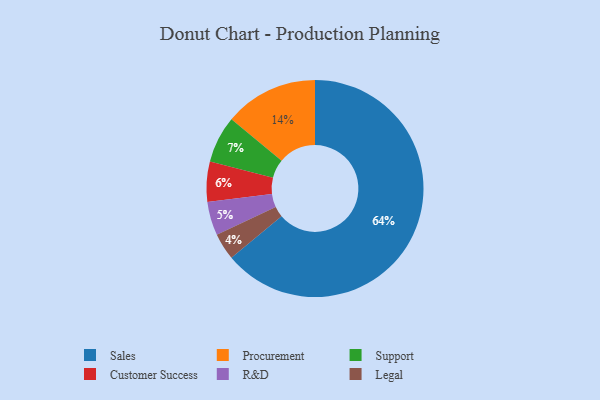
{"axis": {"x": "Category", "y": "Percentage"}, "legend": ["Customer Success", "Legal", "Procurement", "R&D", "Sales", "Support"], "data": [{"x": "Support", "y": 7, "type": "Support"}, {"x": "R&D", "y": 5, "type": "R&D"}, {"x": "Customer Success", "y": 6, "type": "Customer Success"}, {"x": "Procurement", "y": 14, "type": "Procurement"}, {"x": "Sales", "y": 64, "type": "Sales"}, {"x": "Legal", "y": 4, "type": "Legal"}]}